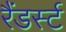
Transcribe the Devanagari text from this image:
रैंडर्स्ट